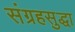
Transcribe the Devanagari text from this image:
संग्रहसुद्धा